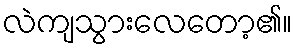
လဲကျသွားလေတော့၏။